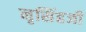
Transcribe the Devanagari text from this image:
नृसिंहजी